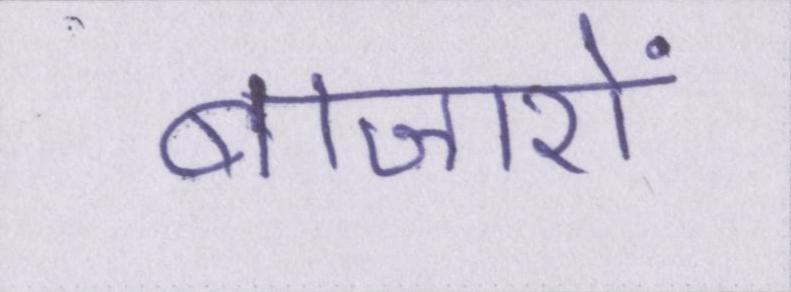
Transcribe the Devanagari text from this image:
बाजारों